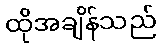
ထိုအချိန်သည်